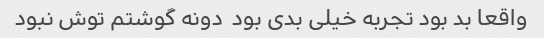
واقعا بد بود تجربه خیلی بدی بود  دونه گوشتم توش نبود